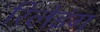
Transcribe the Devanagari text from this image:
रिलेइंग